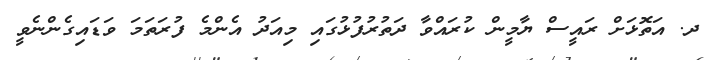
ދ. އަތޮޅަށް ރައީސް ޔާމީން ކުރައްވާ ދަތުރުފުޅުގައި މިއަދު އެންމެ ފުރަތަމަ ވަޑައިގެންނެވީ